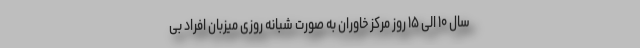
سال ۱۰ الی ۱۵ روز مرکز خاوران به صورت شبانه روزی میزبان افراد بی